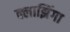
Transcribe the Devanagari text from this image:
क्लाझिंगा